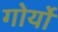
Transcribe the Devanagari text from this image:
गोर्यो